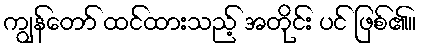
ကျွန်တော် ထင်ထားသည့် အတိုင်း ပင် ဖြစ်၏။